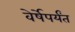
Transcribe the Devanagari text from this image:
वेर्षेपर्यंत